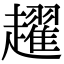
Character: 趯